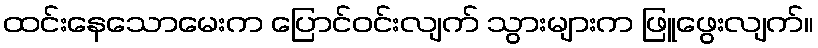
ထင်းနေသောမေးက ပြောင်ဝင်းလျက် သွားများက ဖြူဖွေးလျက်။